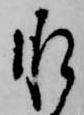
承